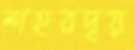
শহরদ্বয়